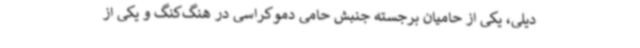
دیلی، یکی از حامیان برجسته جنبش حامی دموکراسی در هنگ‌کنگ و یکی از